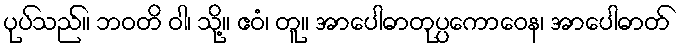
ပုပ်သည်။ ဘဝတိ ဝါ၊ သို့။ ဧဝံ၊ တူ။ အာပေါဓာတုပ္ပကောဝေန၊ အာပေါဓာတ်